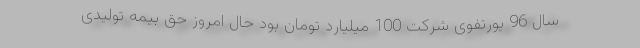
سال 96 پورتفوی شرکت 100 میلیارد تومان بود حال امروز حق بیمه تولیدی